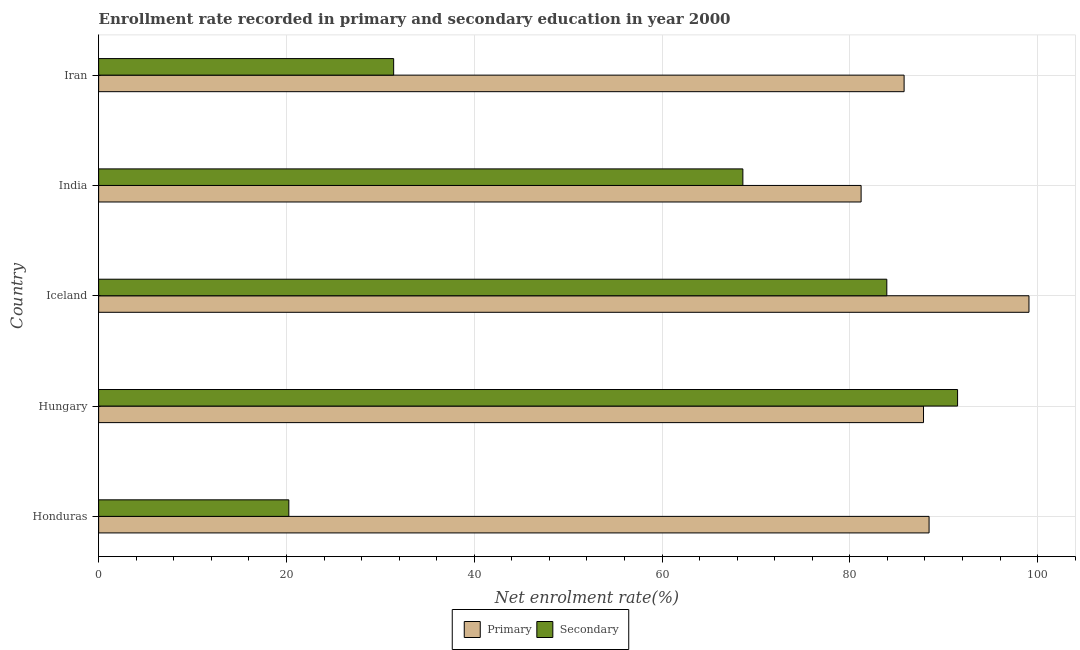
| Country | Primary | Secondary |
 | --- | --- | --- |
 | Honduras | 88.4 | 20.3 |
 | Hungary | 87.8 | 91.5 |
 | Iceland | 99.1 | 83.9 |
 | India | 81.2 | 68.6 |
 | Iran | 85.8 | 31.4 |